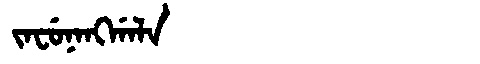
Manchu: ᠵᠠᠸᡠᠨᠠᠩᡤᠠᠯᠠ
Romanization: JAFUNANGGALA